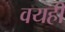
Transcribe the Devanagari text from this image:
वयही